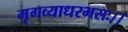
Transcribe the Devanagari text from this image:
मृगव्याधरभसः।।